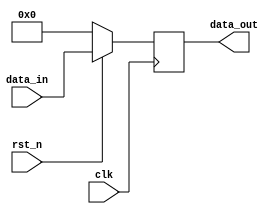
// This program was cloned from: https://github.com/sinkswim/veriloglib
// License: MIT License

module register
#(  parameter WIDTH = 8 )
(
    input clk,
    input rst_n,
    input [WIDTH-1:0] data_in,
    output reg [WIDTH-1:0] data_out
);

    always @(posedge clk)
        begin
            if(!rst_n)
                data_out <= 0;
            else
                data_out <= data_in;
        end


endmodule